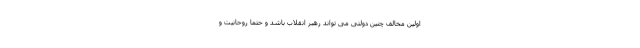
اولین مخالف چنین دولتی می تواند رهبر انقلاب باشد و حتما روحانیت و